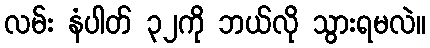
လမ်း နံပါတ် ၃၂ကို ဘယ်လို သွားရမလဲ။